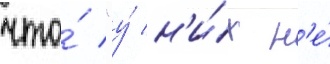
что́ "у́ н'и́х н'е́